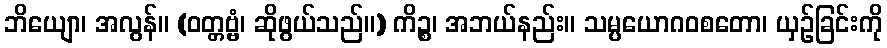
ဘိယျော၊ အလွန်။ (ဝတ္တဗ္ဗံ၊ ဆိုဖွယ်သည်။) ကိဉ္စ၊ အဘယ်နည်း။ သမ္ပယောဂဝစတော၊ ယှဉ်ခြင်းကို